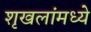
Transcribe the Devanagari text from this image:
शृखलांमध्ये